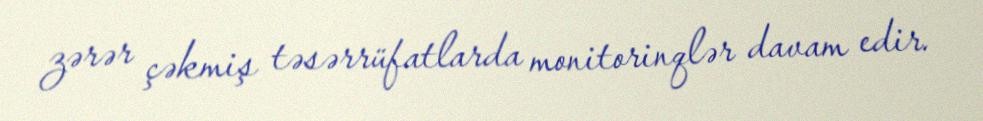
zərər çəkmiş təsərrüfatlarda monitorinqlər davam edir.